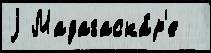
j Мадагаска́р'е